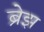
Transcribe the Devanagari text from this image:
ब्रेझ